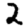
Digit: 2